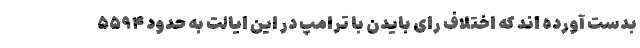
بدست آورده اند که اختلاف رای بایدن با ترامپ در این ایالت به حدود ۵۵۹۴